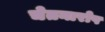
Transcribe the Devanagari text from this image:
चेतनारोप